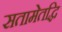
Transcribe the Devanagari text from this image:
सतामेतद्धि